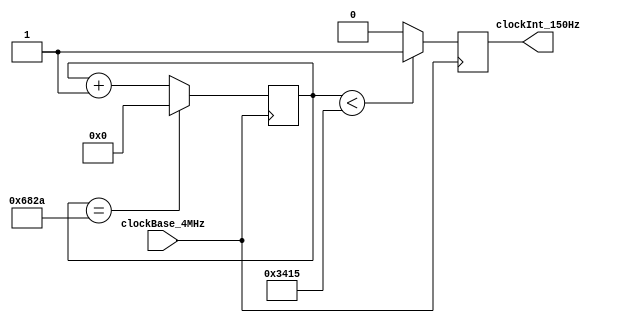
`timescale 1ms / 1ns
//////////////////////////////////////////////////////////////////////////////////
// Company:  Universidad Tecnolgica Nacional - Facutlad Regional Crdoba
// 
// Design Name: 
// Module Name:    divisorDeFrecuenciaDe4MHzA150Hz 
// Project Name:   MontacargasProyectoFinal
// Target Devices: 
// Tool versions: 
// Description:    Este mdulo realiza la divisin de frencuencia del reloj de entrada,
//    obteniendo as, un reloj interno de una frecuencia de 150Hz. Este frecuencia es la
//    elegida debido a que la mquina trabaja con 3 displays (uno por piso). Entonces,
//    con el uso de un contador anillo, se multiplexan los displays, resultando as una
//    frecuencia de 50Hz de refresco por cada display.
// Dependencies: 
//
// Revision: 
// Revision 0.01 - File Created
// Additional Comments: 
//
//////////////////////////////////////////////////////////////////////////////////
module divisorDeFrecuenciaDe4MHzA150Hz(
  input      clockBase_4MHz,
  output reg clockInt_150Hz
  );

  reg[14:0] cuenta  = 15'd0;     // Se sabe que el clock de base es de 4MHz, y que cada 
  parameter DIVISOR = 15'd26667; //display se quiere refrescar a 50Hz. Como son 3 displays,
                                 //entonces el clock debe ser de 150Hz. Para dividir de 4MHz
                                 //a 150Hz, se necesita un contador que llegue hasta
                                 //4MHz/150Hz=26667. Entonces, se usan 15 bits (2^15=32768).

  always@( posedge clockBase_4MHz )
  begin
    if( cuenta == (DIVISOR-1) )	// Si la cuenta es == a 26666, resetea la cuenta.
      cuenta <= 15'd0;
    else
      cuenta <= cuenta + 15'd1;	// El contador se aumenta en 1 por cada pulso de clockBase_4MHz.
    
    if( cuenta < (DIVISOR/2) )		// En este bloque if-else se genera el nuevo clock, dependiendo
      clockInt_150Hz <= 1'b1;		//del contador del bloque if-else anterior.
    else
      clockInt_150Hz <= 1'b0;
    
  end                           

endmodule